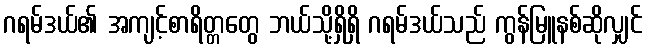
ဂရမ်ဒယ်၏ အကျင့်စာရိတ္တတွေ ဘယ်သို့ရှိရှိ ဂရမ်ဒယ်သည် ကွန်မြူနစ်ဆိုလျှင်